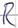
Text: R